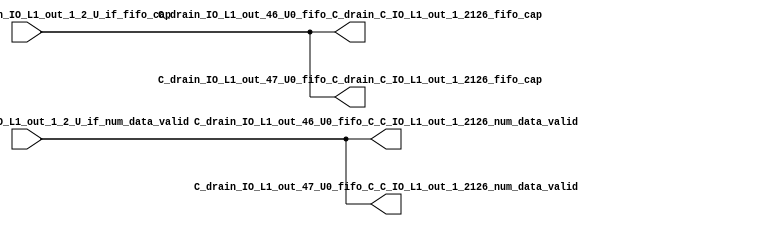
// ==================================================
// RTL generated by RapidStream
//
// Copyright 2024 RapidStream Design Automation, Inc.
// All Rights Reserved.
// ==================================================
`timescale 1 ns / 1 ps
module __rs_kernel3_aux_split_aux_91 #(
    parameter C_S_AXI_CONTROL_DATA_WIDTH  = 32,
    parameter C_S_AXI_CONTROL_ADDR_WIDTH  = 6,
    parameter C_S_AXI_DATA_WIDTH          = 32,
    parameter C_M_AXI_GMEM_A_ID_WIDTH     = 1,
    parameter C_M_AXI_GMEM_A_ADDR_WIDTH   = 64,
    parameter C_M_AXI_GMEM_A_DATA_WIDTH   = 512,
    parameter C_M_AXI_GMEM_A_AWUSER_WIDTH = 1,
    parameter C_M_AXI_GMEM_A_ARUSER_WIDTH = 1,
    parameter C_M_AXI_GMEM_A_WUSER_WIDTH  = 1,
    parameter C_M_AXI_GMEM_A_RUSER_WIDTH  = 1,
    parameter C_M_AXI_GMEM_A_BUSER_WIDTH  = 1,
    parameter C_M_AXI_GMEM_A_USER_VALUE   = 0,
    parameter C_M_AXI_GMEM_A_PROT_VALUE   = 0,
    parameter C_M_AXI_GMEM_A_CACHE_VALUE  = 3,
    parameter C_M_AXI_DATA_WIDTH          = 32,
    parameter C_M_AXI_GMEM_B_ID_WIDTH     = 1,
    parameter C_M_AXI_GMEM_B_ADDR_WIDTH   = 64,
    parameter C_M_AXI_GMEM_B_DATA_WIDTH   = 512,
    parameter C_M_AXI_GMEM_B_AWUSER_WIDTH = 1,
    parameter C_M_AXI_GMEM_B_ARUSER_WIDTH = 1,
    parameter C_M_AXI_GMEM_B_WUSER_WIDTH  = 1,
    parameter C_M_AXI_GMEM_B_RUSER_WIDTH  = 1,
    parameter C_M_AXI_GMEM_B_BUSER_WIDTH  = 1,
    parameter C_M_AXI_GMEM_B_USER_VALUE   = 0,
    parameter C_M_AXI_GMEM_B_PROT_VALUE   = 0,
    parameter C_M_AXI_GMEM_B_CACHE_VALUE  = 3,
    parameter C_M_AXI_GMEM_C_ID_WIDTH     = 1,
    parameter C_M_AXI_GMEM_C_ADDR_WIDTH   = 64,
    parameter C_M_AXI_GMEM_C_DATA_WIDTH   = 512,
    parameter C_M_AXI_GMEM_C_AWUSER_WIDTH = 1,
    parameter C_M_AXI_GMEM_C_ARUSER_WIDTH = 1,
    parameter C_M_AXI_GMEM_C_WUSER_WIDTH  = 1,
    parameter C_M_AXI_GMEM_C_RUSER_WIDTH  = 1,
    parameter C_M_AXI_GMEM_C_BUSER_WIDTH  = 1,
    parameter C_M_AXI_GMEM_C_USER_VALUE   = 0,
    parameter C_M_AXI_GMEM_C_PROT_VALUE   = 0,
    parameter C_M_AXI_GMEM_C_CACHE_VALUE  = 3,
    parameter C_S_AXI_CONTROL_WSTRB_WIDTH = 4,
    parameter C_S_AXI_WSTRB_WIDTH         = 4,
    parameter C_M_AXI_GMEM_A_WSTRB_WIDTH  = 64,
    parameter C_M_AXI_WSTRB_WIDTH         = 4,
    parameter C_M_AXI_GMEM_B_WSTRB_WIDTH  = 64,
    parameter C_M_AXI_GMEM_C_WSTRB_WIDTH  = 64
) (
    output wire [1:0] C_drain_IO_L1_out_46_U0_fifo_C_C_IO_L1_out_1_2126_num_data_valid,
    output wire [1:0] C_drain_IO_L1_out_46_U0_fifo_C_drain_C_IO_L1_out_1_2126_fifo_cap,
    output wire [1:0] C_drain_IO_L1_out_47_U0_fifo_C_C_IO_L1_out_1_2126_num_data_valid,
    output wire [1:0] C_drain_IO_L1_out_47_U0_fifo_C_drain_C_IO_L1_out_1_2126_fifo_cap,
    input wire  [1:0] fifo_C_drain_C_drain_IO_L1_out_1_2_U_if_fifo_cap,
    input wire  [1:0] fifo_C_drain_C_drain_IO_L1_out_1_2_U_if_num_data_valid
);
assign C_drain_IO_L1_out_46_U0_fifo_C_C_IO_L1_out_1_2126_num_data_valid = fifo_C_drain_C_drain_IO_L1_out_1_2_U_if_num_data_valid;
assign C_drain_IO_L1_out_46_U0_fifo_C_drain_C_IO_L1_out_1_2126_fifo_cap = fifo_C_drain_C_drain_IO_L1_out_1_2_U_if_fifo_cap;
assign C_drain_IO_L1_out_47_U0_fifo_C_C_IO_L1_out_1_2126_num_data_valid = fifo_C_drain_C_drain_IO_L1_out_1_2_U_if_num_data_valid;
assign C_drain_IO_L1_out_47_U0_fifo_C_drain_C_IO_L1_out_1_2126_fifo_cap = fifo_C_drain_C_drain_IO_L1_out_1_2_U_if_fifo_cap;
endmodule